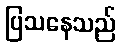
ပြသနေသည်